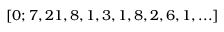
[ 0 ; 7 , 2 1 , 8 , 1 , 3 , 1 , 8 , 2 , 6 , 1 , . . . ]